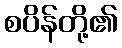
စပိန်တို့၏